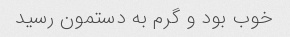
خوب بود و گرم به دستمون رسید